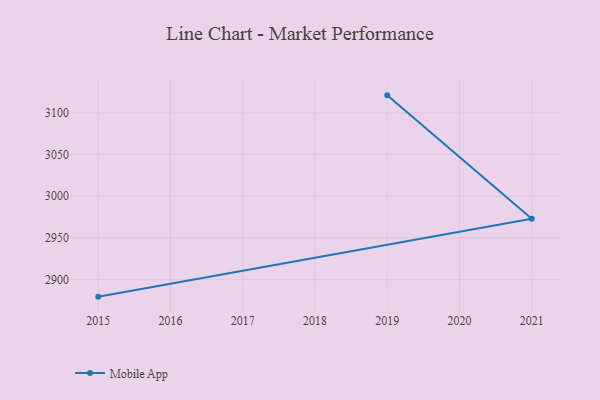
{"axis": {"x": "Year", "y": "Energy Usage (MWh)"}, "legend": ["Mobile App"], "data": [{"x": "2019", "y": 3120.9, "type": "Mobile App"}, {"x": "2021", "y": 2973.1, "type": "Mobile App"}, {"x": "2015", "y": 2879.7, "type": "Mobile App"}]}